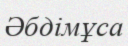
Әбдімұса